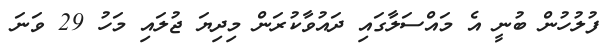
ފުލުހުން ބުނީ އެ މައްސަލާގައި ދައުވާކުރަން މިދިޔަ ޖުލައި މަހު 29 ވަނަ